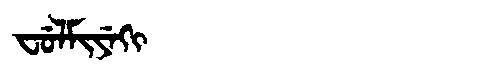
Manchu: ᠸᡠᠯᠮᡳᠶᡝᡴᡳ
Romanization: FULMIYEKI